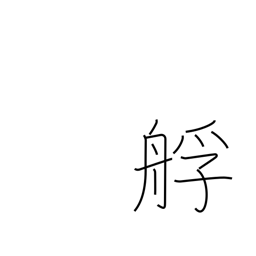
Meaning: lighter